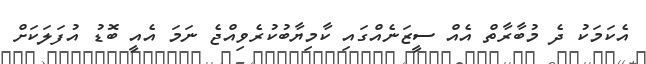
އެކަމަކު ދެ މުބާރާތް އެއް ސީޒަނެއްގައި ކާމިޔާބުކުރެވިއްޖެ ނަމަ އެއީ ބޮޑު އުފަލަކަށް